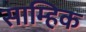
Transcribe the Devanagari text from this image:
साम्हिक